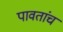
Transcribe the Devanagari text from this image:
पावतांच